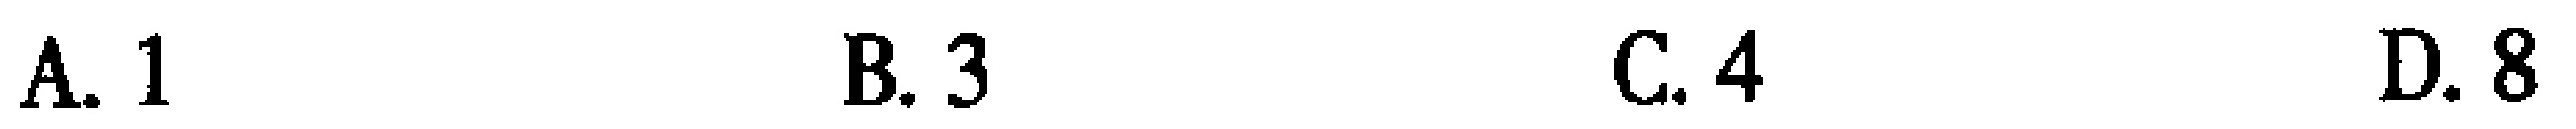
A. 1 \qquad B. 3 \qquad C. 4 \qquad D. 8